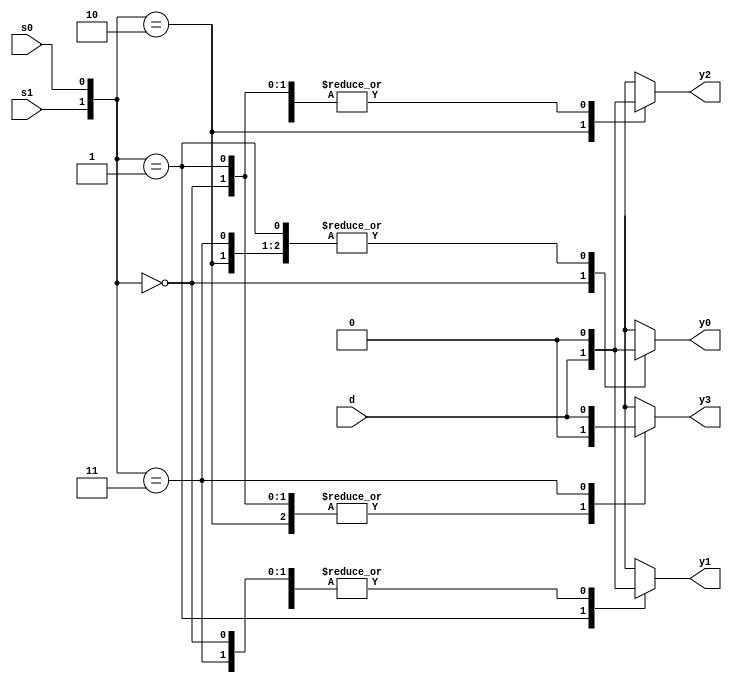
//Good code - style-1
module demux4x1_beh(d,s1,s0,y0,y1,y2,y3);
  input d,s1,s0;
  output reg y0,y1,y2,y3;
  always@*
  case({s1,s0})  //Good coding
  2'b00: begin y0=d; y1=1'b0; y2=1'b0; y3=1'b0; end
  2'b01: begin y0=1'b0; y1=d; y2=1'b0; y3=1'b0; end
  2'b10: begin y0=1'b0; y1=1'b0; y2=d; y3=1'b0; end
  2'b11: begin y0=1'b0; y1=1'b0; y2=1'b0; y3=d; end
  endcase
endmodule